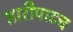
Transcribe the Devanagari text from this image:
सारीपाटच